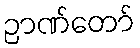
ဉာဏ်တော်